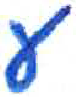
אות: ע